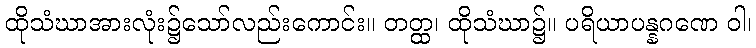
ထိုသံဃာအားလုံး၌သော်လည်းကောင်း။ တတ္ထ၊ ထိုသံဃာ၌။ ပရိယာပန္နဂဏေ ဝါ၊